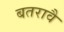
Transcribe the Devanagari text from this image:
बतरावै